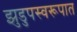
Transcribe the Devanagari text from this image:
झुडुपस्वरूपात